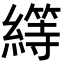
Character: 𦅯